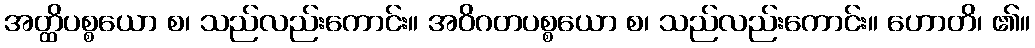
အတ္ထိပစ္စယော စ၊ သည်လည်းကောင်း။ အဝိဂတပစ္စယော စ၊ သည်လည်းကောင်း။ ဟောတိ၊ ၏။